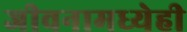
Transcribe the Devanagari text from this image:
जीवनामध्येही